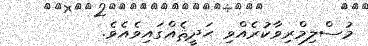
މުސްލިމްރިވާކުރެއްވި ޙަދީޘެއްގައިވެއެވެ.